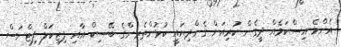
އެންމެ އިސްކަމެއް ދީގެން ކުރިއަށް ގެންދިޔައީ ކުޅުންތެރިންގެ ބޭސިކް އާއި ފިޒިކަލް ފިޓްނަސް